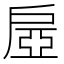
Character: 𢩔